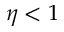
\eta < 1